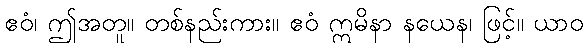
ဧဝံ၊ ဤအတူ။ တစ်နည်းကား။ ဧဝံ ဣမိနာ နယေန၊ ဖြင့်။ ယာဝ